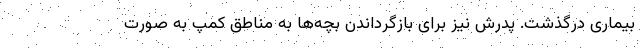
بیماری درگذشت. پدرش نیز برای بازگرداندن بچه‌ها به مناطق کمپ به صورت